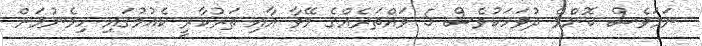
ނަމަވެސް ކޮންމެ ދުވަހަކުވެސް 5 ވައްތަރެއްގެ މޭވާ އާއި ތަރުކާރީ ކެއުމުގައި ހިމެނުމަށް